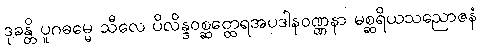
ဒုခန္တိ ပူဂဓမ္မေ သီလေ ပိလိန္ဒဝစ္ဆတ္ထေရအပဒါနဝဏ္ဏနာ မစ္ဆရိယသညောဇနံ